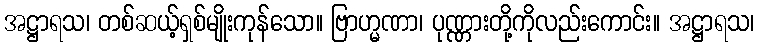
အဋ္ဌာရသ၊ တစ်ဆယ့်ရှစ်မျိုးကုန်သော။ ဗြာဟ္မဏာ၊ ပုဏ္ဏားတို့ကိုလည်းကောင်း။ အဋ္ဌာရသ၊